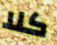
كلا